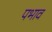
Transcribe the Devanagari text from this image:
पभाव